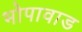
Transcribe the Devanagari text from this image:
भोपावाड